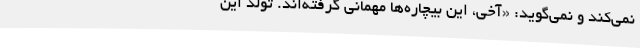
نمی‌کند و نمی‌گوید: «آخی، این بیچاره‌ها مهمانی گرفته‌اند. تولد این